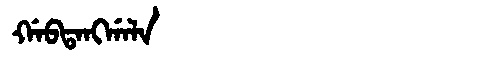
Manchu: ᡤᠠᠪᡨᠠᠩᡤᠠᠯᠠ
Romanization: GABTANGGALA